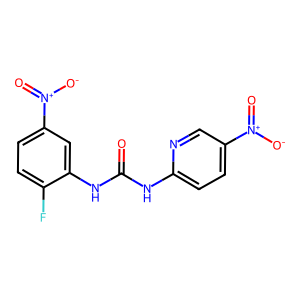
SMILES: O=C(Nc1ccc([N+](=O)[O-])cn1)Nc1cc([N+](=O)[O-])ccc1F
Inhibits HIV replication: No